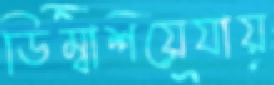
ডিম্বাশয়েযায়